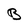
Character: B